Indian journal of veterinary science and animal husbandry - Volumes 22-23, 1952-1953
Year: 1952
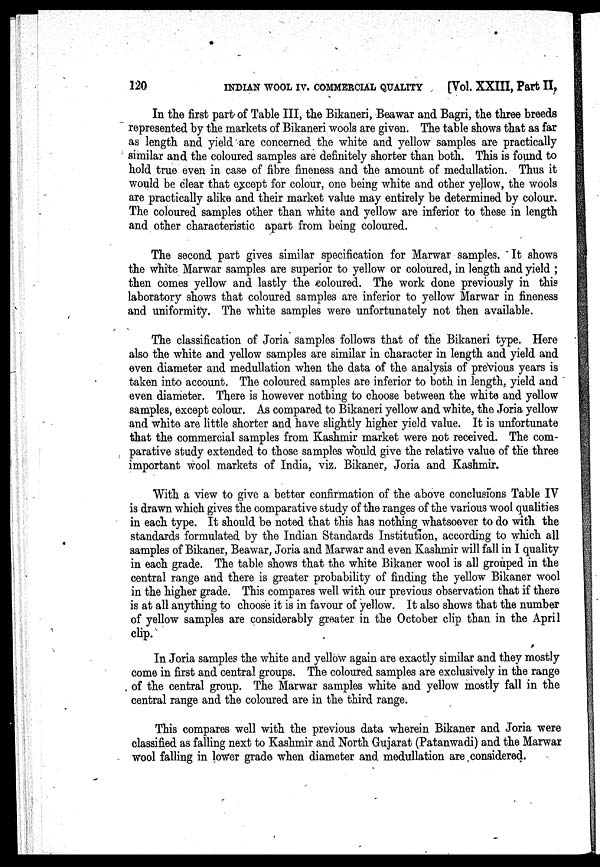
120
INDIAN WOOL IV. COMMERCIAL QUALITY
[Vol. XXIII, Part II,
In the first part of Table III, the Bikaneri, Beawar and Bagri, the three breeds
represented by the markets of Bikaneri wools are given. The table shows that as far
as length and yield are concerned the white and yellow samples are practically
similar and the coloured samples are definitely shorter than both. This is found to
hold true even in case of fibre fineness and the amount of medullation. Thus it
would be clear that except for colour, one being white and other yellow, the wools
are practically alike and their market value may entirely be determined by colour.
The coloured samples other than white and yellow are inferior to these in length
and other characteristic apart from being coloured.
The second part gives similar specification for Marwar samples. It shows
the white Marwar samples are superior to yellow or coloured, in length and yield ;
then comes yellow and lastly the coloured. The work done previously in this
laboratory shows that coloured samples are inferior to yellow Marwar in fineness
and uniformity. The white samples were unfortunately not then available.
The classification of Joria samples follows that of the Bikaneri type. Here
also the white and yellow samples are similar in character in length and yield and
even diameter and medullation when the data of the analysis of previous years is
taken into account. The coloured samples are inferior to both in length, yield and
even diameter. There is however nothing to choose between the white and yellow
samples, except colour. As compared to Bikaneri yellow and white, the Joria yellow
and white are little shorter and have slightly higher yield value. It is unfortunate
that the commercial samples from Kashmir market were not received. The com-
parative study extended to those samples would give the relative value of the three
important wool markets of India, viz. Bikaner, Joria and Kashmir.
With a view to give a better confirmation of the above conclusions Table IV
is drawn which gives the comparative study of the ranges of the various wool qualities
in each type. It should be noted that this has nothing whatsoever to do with the
standards formulated by the Indian Standards Institution, according to which all
samples of Bikaner, Beawar, Joria and Marwar and even Kashmir will fall in I quality
in each grade. The table shows that the white Bikaner wool is all grouped in the
central range and there is greater probability of finding the yellow Bikaner wool
in the higher grade. This compares well with our previous observation that if there
is at all anything to choose it is in favour of yellow. It also shows that the number
of yellow samples are considerably greater in the October clip than in the April
clip.
In Joria samples the white and yellow again are exactly similar and they mostly
come in first and central groups. The coloured samples are exclusively in the range
of the central group. The Marwar samples white and yellow mostly fall in the
central range and the coloured are in the third range.
This compares well with the previous data wherein Bikaner and Joria were
classified as falling next to Kashmir and North Gujarat (Patanwadi) and the Marwar
wool falling in lower grade when diameter and medullation are considered.